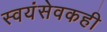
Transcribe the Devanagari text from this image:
स्वयंसेवकही